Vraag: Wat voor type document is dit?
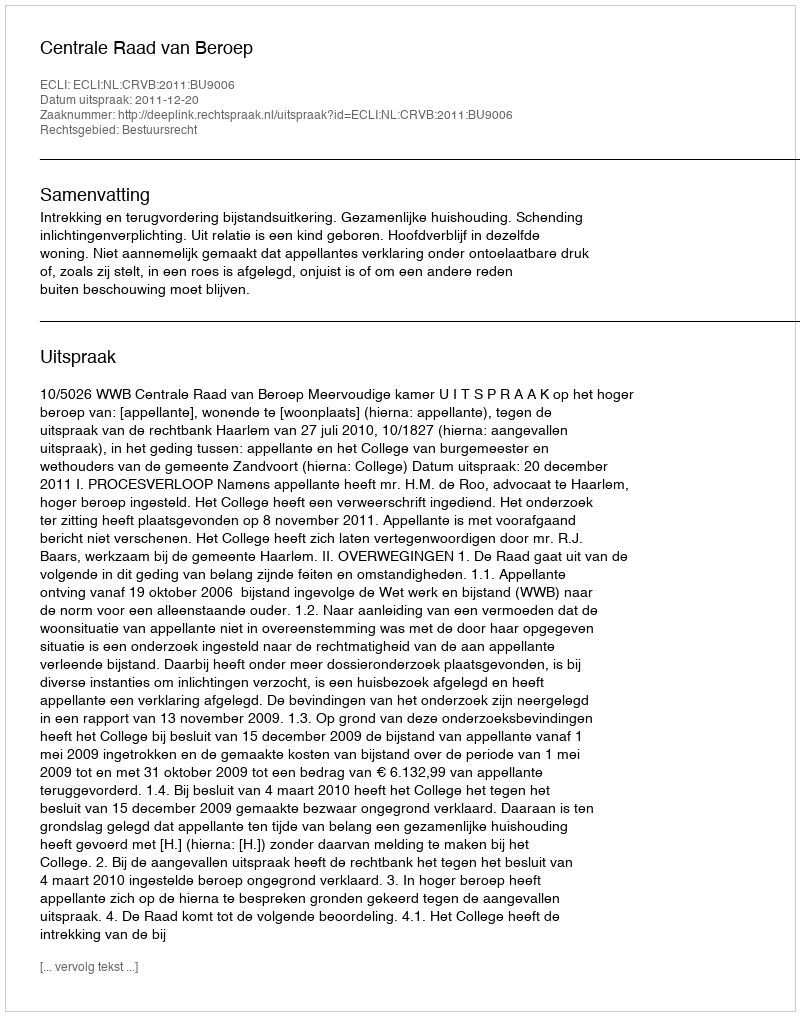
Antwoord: Uitspraak